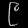
Digit: ၉